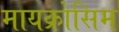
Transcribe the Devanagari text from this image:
मायक्रोसिम